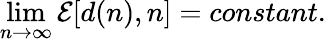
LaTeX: \operatorname*{lim}_{n\rightarrow\infty}{\cal E}[d(n),n]=constant.